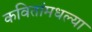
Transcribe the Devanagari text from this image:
कवितांमधल्या